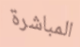
المباشرة